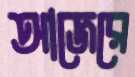
আজেরে